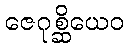
ဇေဂုစ္ဆိယေဝ